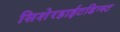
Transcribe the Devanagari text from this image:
सिशेरहाईटडिन्स्ट